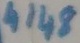
Text: 4148